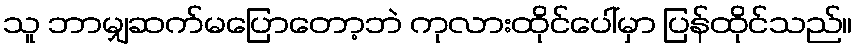
သူ ဘာမျှဆက်မပြောတော့ဘဲ ကုလားထိုင်ပေါ်မှာ ပြန်ထိုင်သည်။